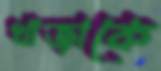
খাজাকে